65_HS1-834228961_62-HQ-83894_Serial_130
Agency: FBI
Page 80
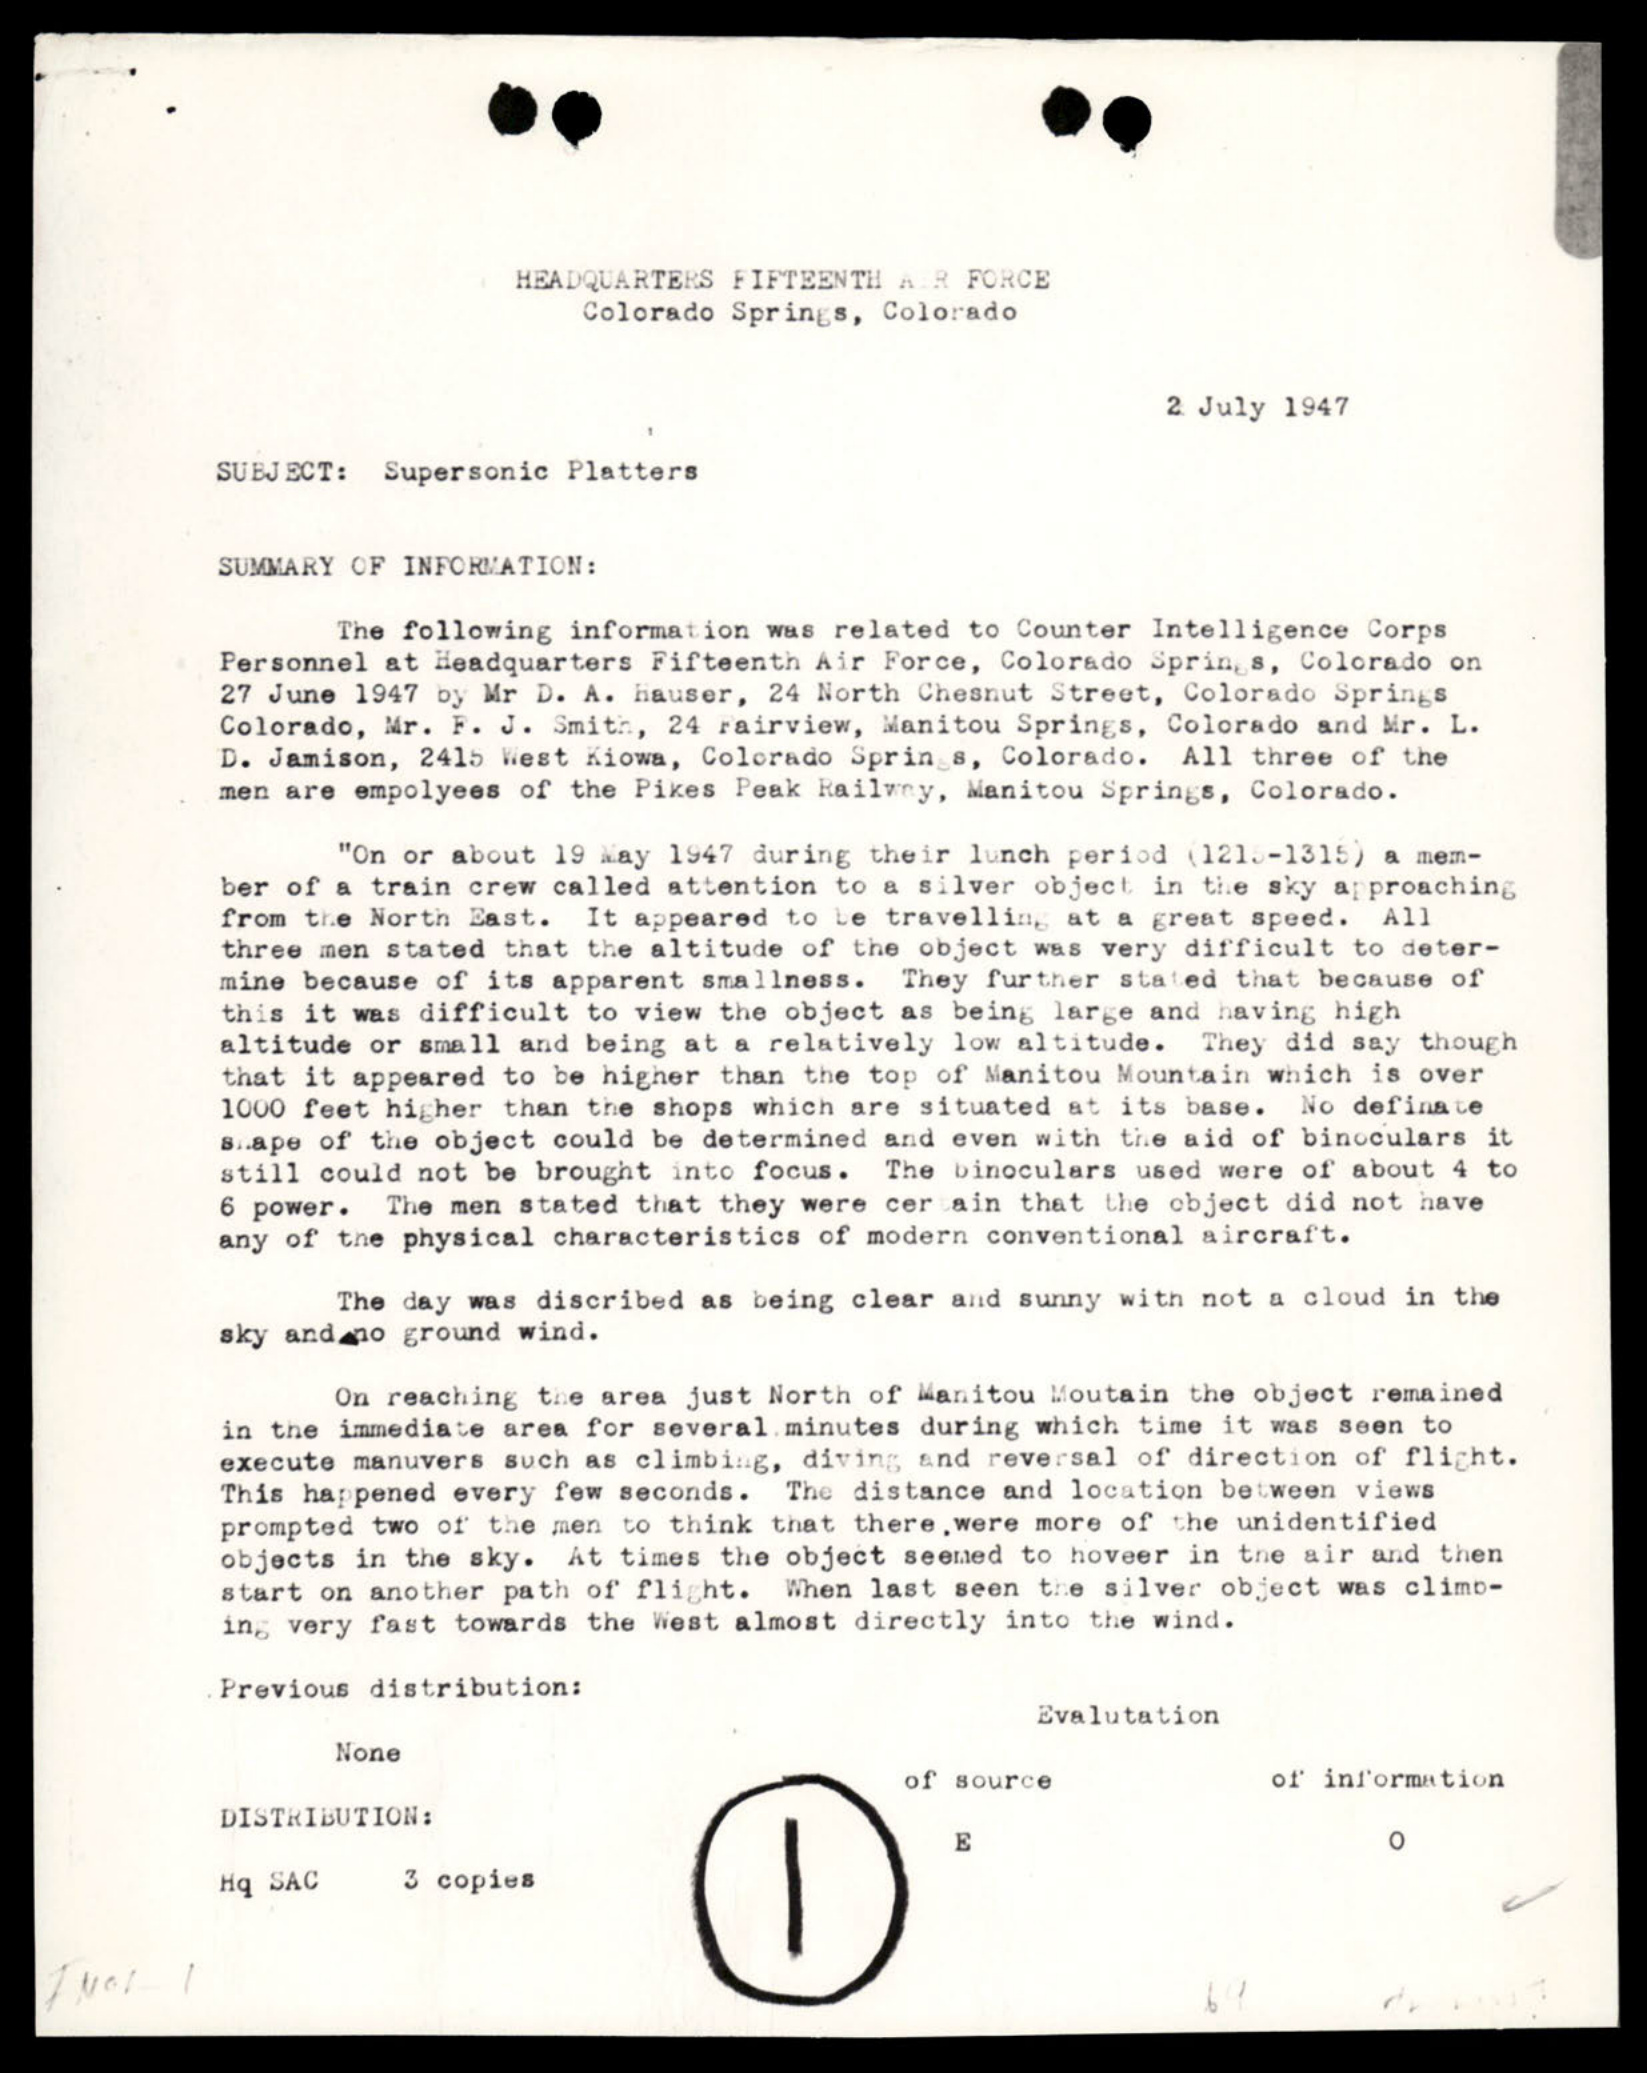